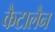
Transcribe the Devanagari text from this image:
कैटालैन